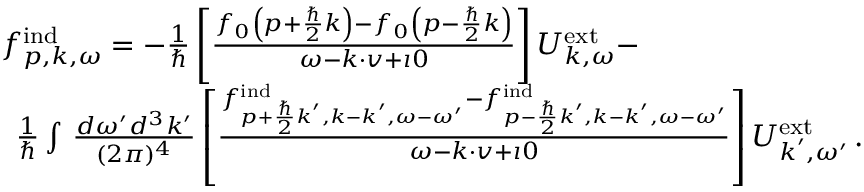
\begin{array} { r l } & { f _ { \boldsymbol { p } , \boldsymbol { k } , \omega } ^ { \mathrm { i n d } } = - \frac { 1 } { \hbar } \left[ \frac { f _ { 0 } \left( \boldsymbol { p } + \frac { \hbar } { 2 } \boldsymbol { k } \right) - f _ { 0 } \left( \boldsymbol { p } - \frac { \hbar } { 2 } \boldsymbol { k } \right) } { \omega - \boldsymbol { k } \cdot \boldsymbol { v } + \imath 0 } \right] { U } _ { \boldsymbol { k } , \omega } ^ { \mathrm { e x t } } - } \\ & { \, \, \, \frac { 1 } { \hbar } \int \, \frac { d \omega ^ { \prime } d ^ { 3 } k ^ { \prime } } { ( 2 \pi ) ^ { 4 } } \left[ \frac { f _ { \boldsymbol { p } + \frac { \hbar } { 2 } \boldsymbol { k } ^ { \prime } , \boldsymbol { k } - \boldsymbol { k } ^ { \prime } , \omega - \omega ^ { \prime } } ^ { \mathrm { i n d } } - f _ { \boldsymbol { p } - \frac { \hbar } { 2 } \boldsymbol { k } ^ { \prime } , \boldsymbol { k } - \boldsymbol { k } ^ { \prime } , \omega - \omega ^ { \prime } } ^ { \mathrm { i n d } } } { \omega - \boldsymbol { k } \cdot \boldsymbol { v } + \imath 0 } \right] { U } _ { \boldsymbol { k } ^ { \prime } , \omega ^ { \prime } } ^ { \mathrm { e x t } } \, . } \end{array}